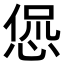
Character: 𫺛